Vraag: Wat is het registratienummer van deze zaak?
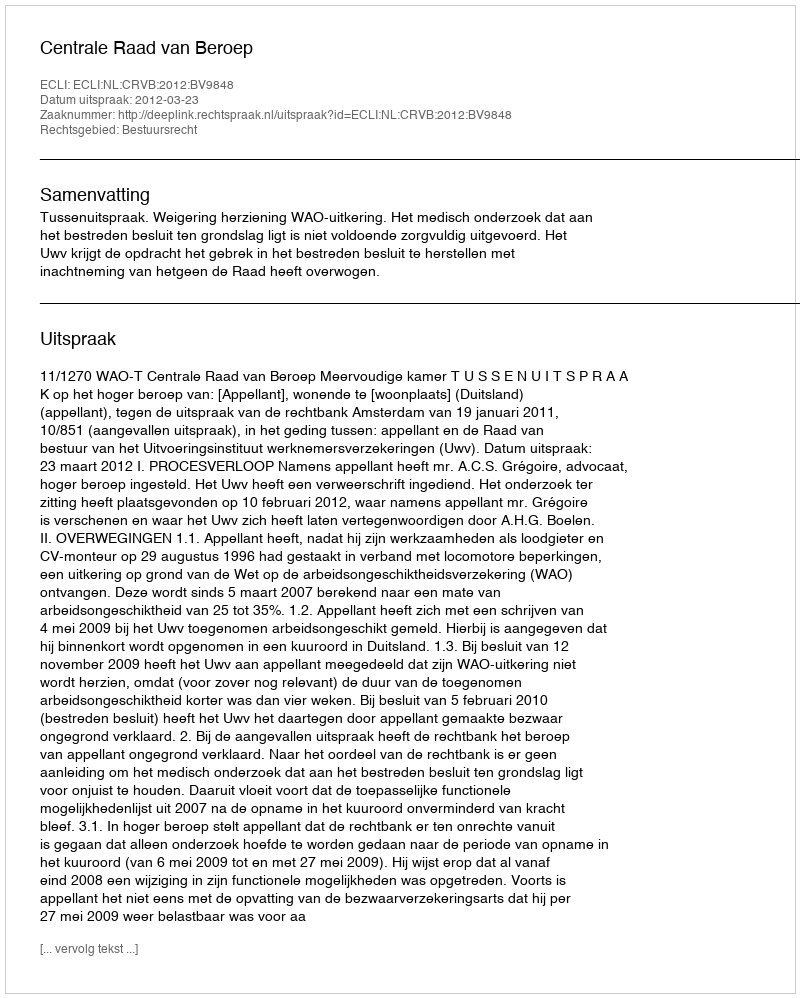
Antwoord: http://deeplink.rechtspraak.nl/uitspraak?id=ECLI:NL:CRVB:2012:BV9848